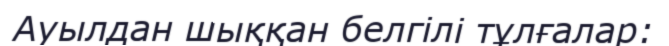
Ауылдан шыққан белгілі тұлғалар: